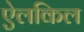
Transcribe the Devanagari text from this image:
ऐलकिल